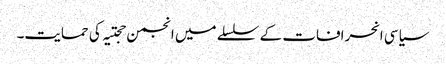
سیاسی انحرافات کے سلسلے میں انجمن حجتیہ کی حمایت۔